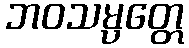
ဘဝသမ္ပတ္တေ